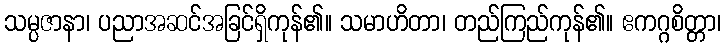
သမ္ပဇာနာ၊ ပညာအဆင်အခြင်ရှိကုန်၏။ သမာဟိတာ၊ တည်ကြည်ကုန်၏။ ဧကဂ္ဂစိတ္တာ၊